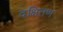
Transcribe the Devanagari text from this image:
दक्षितण